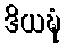
ဒိယဍ္ဎံ